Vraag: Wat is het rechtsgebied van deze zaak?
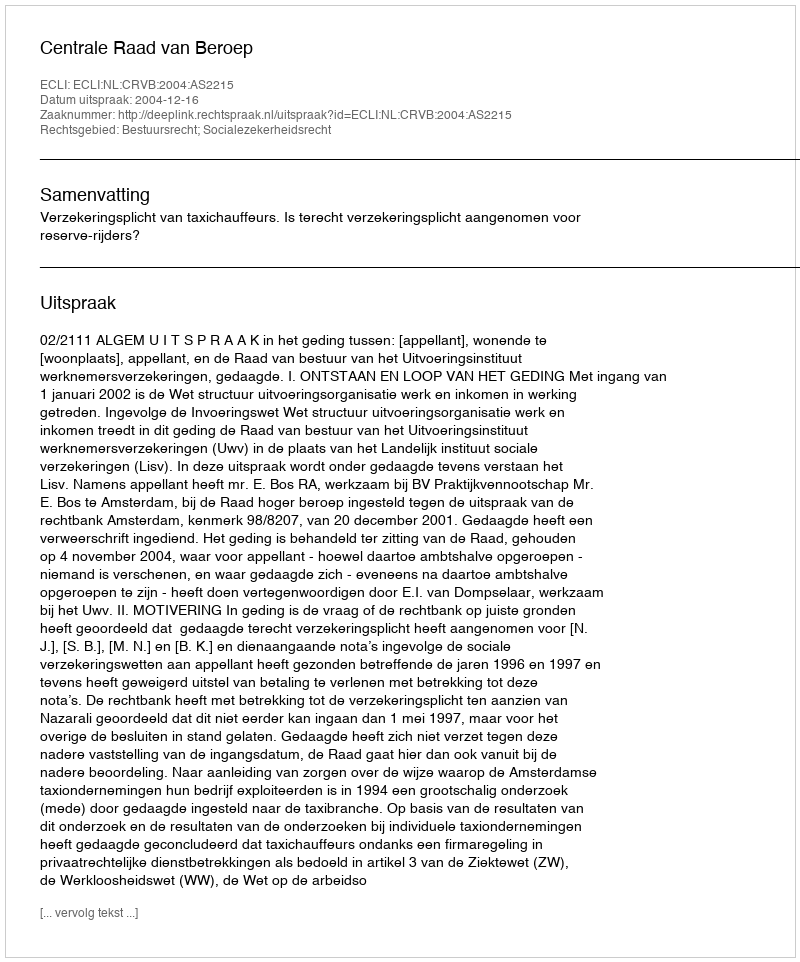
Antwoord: Bestuursrecht; Socialezekerheidsrecht